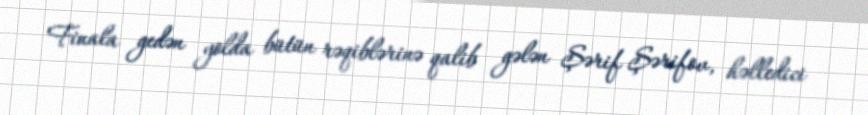
Finala gedən yolda bütün rəqiblərinə qalib gələn Şərif Şərifov, həlledici